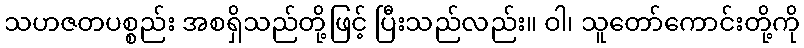
သဟဇတပစ္စည်း အစရှိသည်တို့ဖြင့် ပြီးသည်လည်း။ ဝါ၊ သူတော်ကောင်းတို့ကို